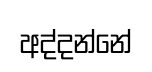
අද්දන්නේ